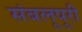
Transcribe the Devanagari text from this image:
संबलूपूरी